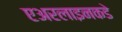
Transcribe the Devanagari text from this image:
एअरलाइनकडे